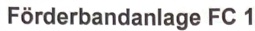
Text: Förderbandanlage FC 1